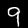
Digit: 9